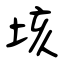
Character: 垓